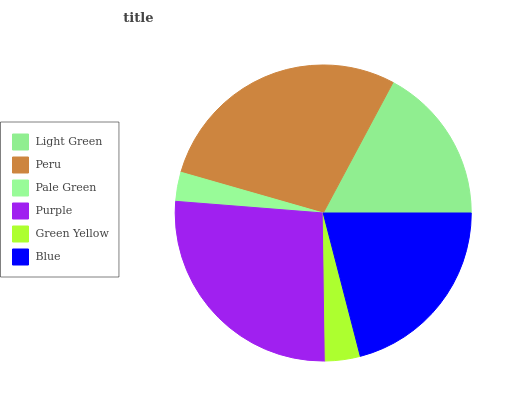
| Light Green | Peru | Pale Green | Purple | Green Yellow | Blue |
 | --- | --- | --- | --- | --- | --- |
 | 17.2% | 28.3% | 3.19% | 26.4% | 3.81% | 21% |